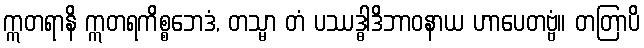
ဣတရာနိ ဣတရကိစ္စဘေဒံ, တသ္မာ တံ ပဿဒ္ဓါဒိဘာဝနာယ ဟာပေတဗ္ဗံ။ တတြာပိ